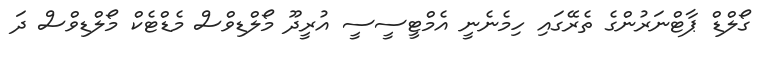
ގޯލްޑް ޕާޓްނަރުންގެ ތެރޭގައި ހިމެނެނީ އެމްޓީސީސީ އުރީދޫ މޯލްޑިވްސް މެޑްޓެކް މޯލްޑިވްސް ދަ